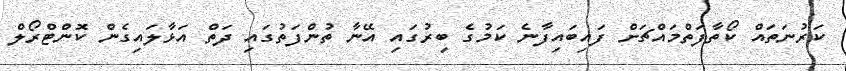
ކަރުނަތައް ކޯތާފަތްމައްޗަށް ފައިބައިފާނެ ކަމުގެ ބިރުގައި އޭނާ ތުންފަތުގައި ދަތް އަޅާލައިގެން ކޮންޓްރޯލް